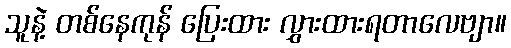
သူနဲ့ တစ်နေကုန် ပြေးထား လွှားထားရတာလေဗျာ။